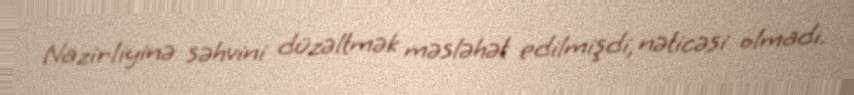
Nazirliyinə səhvini düzəltmək məsləhət edilmişdi, nəticəsi olmadı.